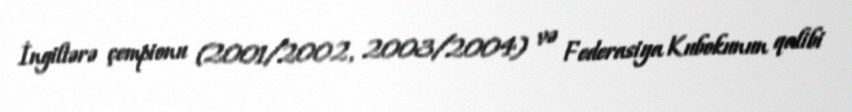
İngiltərə çempionu (2001/2002, 2003/2004) və Federasiya Kubokunun qalibi